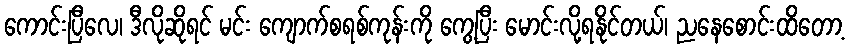
ကောင်းပြီလေ၊ ဒီလိုဆိုရင် မင်း ကျောက်စရစ်ကုန်းကို ကွေ့ပြီး မောင်းလို့ရနိုင်တယ်၊ ညနေစောင်းထိတော့